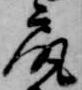
尻